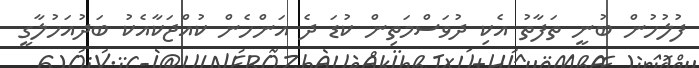
ފުލުހުން ބުނީ ތަފާތު އެކި ދުވަސްމަތިން ކުޑަ ދެ އަންހެން ކުއްޖަކާއެކު ބަދުއަހުލާގީ